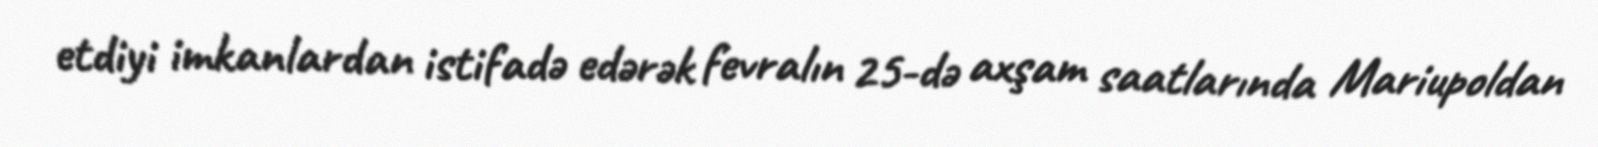
etdiyi imkanlardan istifadə edərək fevralın 25-də axşam saatlarında Mariupoldan